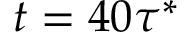
t = 4 0 \tau ^ { * }